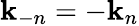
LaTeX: \mathbf{k}_{-n}=-\mathbf{k}_{n}